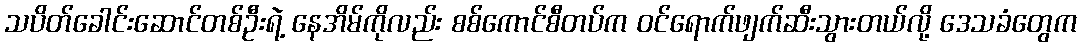
သပိတ်ခေါင်းဆောင်တစ်ဦးရဲ့ နေအိမ်ကိုလည်း စစ်ကောင်စီတပ်က ဝင်ရောက်ဖျက်ဆီးသွားတယ်လို့ ဒေသခံတွေက